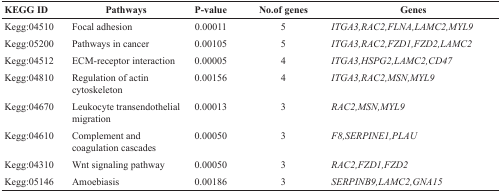
<table><thead><tr><td><b>KEGG ID</b></td><td><b>Pathways</b></td><td><b>P-value</b></td><td><b>No.of genes</b></td><td><b>Genes</b></td></tr></thead><tbody><tr><td>Kegg:04510</td><td>Focal adhesion</td><td>0.00011</td><td>5</td><td><i>ITGA3,RAC2,FLNA,LAMC2,MYL9</i></td></tr><tr><td>Kegg:05200</td><td>Pathways in cancer</td><td>0.00105</td><td>5</td><td><i>ITGA3,RAC2,FZD1,FZD2,LAMC2</i></td></tr><tr><td>Kegg:04512</td><td>ECM-receptor interaction</td><td>0.00005</td><td>4</td><td><i>ITGA3,HSPG2,LAMC2,CD47</i></td></tr><tr><td>Kegg:04810</td><td>Regulation of actin cytoskeleton</td><td>0.00156</td><td>4</td><td><i>ITGA3,RAC2,MSN,MYL9</i></td></tr><tr><td>Kegg:04670</td><td>Leukocyte transendothelial migration</td><td>0.00013</td><td>3</td><td><i>RAC2,MSN,MYL9</i></td></tr><tr><td>Kegg:04610</td><td>Complement and coagulation cascades</td><td>0.00050</td><td>3</td><td><i>F8,SERPINE1,PLAU</i></td></tr><tr><td>Kegg:04310</td><td>Wnt signaling pathway</td><td>0.00050</td><td>3</td><td><i>RAC2,FZD1,FZD2</i></td></tr><tr><td>Kegg:05146</td><td>Amoebiasis</td><td>0.00186</td><td>3</td><td><i>SERPINB9,LAMC2,GNA15</i></td></tr></tbody></table>